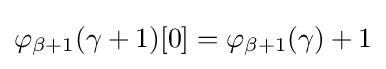
\varphi _{\beta +1}(\gamma +1)[0]=\varphi _{\beta +1}(\gamma )+1